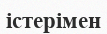
істерімен